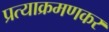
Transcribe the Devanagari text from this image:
प्रत्याक्रमणकर